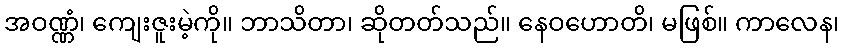
အဝဏ္ဏံ၊ ကျေးဇူးမဲ့ကို။ ဘာသိတာ၊ ဆိုတတ်သည်။ နေဝဟောတိ၊ မဖြစ်။ ကာလေန၊